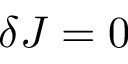
\delta J = 0